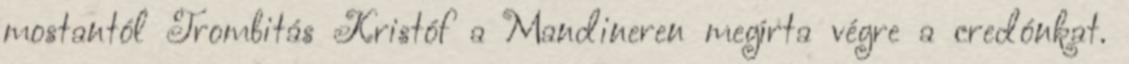
mostantól Trombitás Kristóf a Mandineren megírta végre a credónkat.